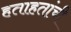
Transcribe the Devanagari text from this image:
हताहतांची